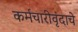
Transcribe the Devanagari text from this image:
कर्मचारीवृंदाचे